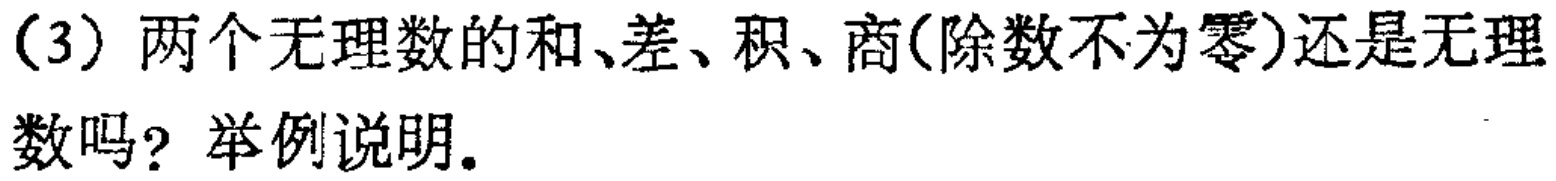
（3）两个无理数的和、差、积、商(除数不为零)还是无理数吗？举例说明。